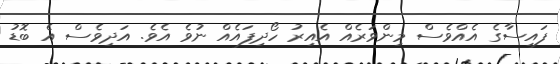
ފައިސާގެ އެއްވެސް މިންވަރެއް އެއިރު ހޯދިފައެއް ނުވެ އެވެ. އަދިވެސް އެ ބޮޑު